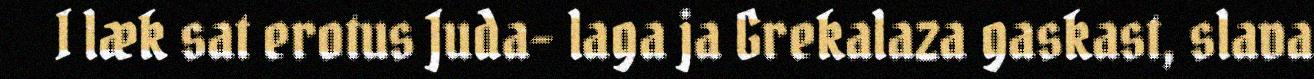
I læk sat erotus Juda- laga ja Grekalaza gaskast, slava